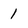
Character: 1